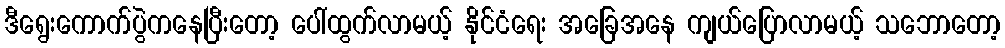
ဒီရွေးကောက်ပွဲကနေပြီးတော့ ပေါ်ထွက်လာမယ့် နိုင်ငံရေး အခြေအနေ ကျယ်ပြောလာမယ့် သဘောတော့